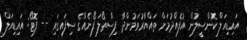
އައިޑިއަލް ކޮންސީލުން އުފެއްދުމަށް ތައްޔާރުވަމުންދާ ފިސްތޯލަ ފޯނެއްގެ ސިފައިގައި -- ފޮޓޯ: އައިޑިއަލް